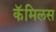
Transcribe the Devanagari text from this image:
कॅमिलस